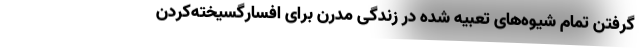
گرفتن تمام شیوه‌های تعبیه شده در زندگی مدرن برای افسارگسیخته‌کردن